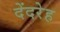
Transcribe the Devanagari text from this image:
देंदरेह